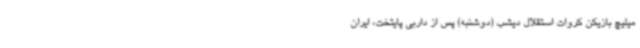
میلیچ بازیکن کروات استقلال دیشب (دوشنبه) پس از داربی پایتخت، ایران